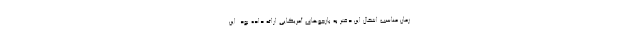
زمان مناسب اشغال این دفتر به بازجوهای آمریکایی ارائه داده بود. این